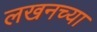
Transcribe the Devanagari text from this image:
लखनच्या